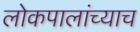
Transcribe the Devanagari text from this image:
लोकपालांच्याच